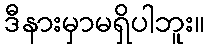
ဒီနားမှာမရှိပါဘူး။